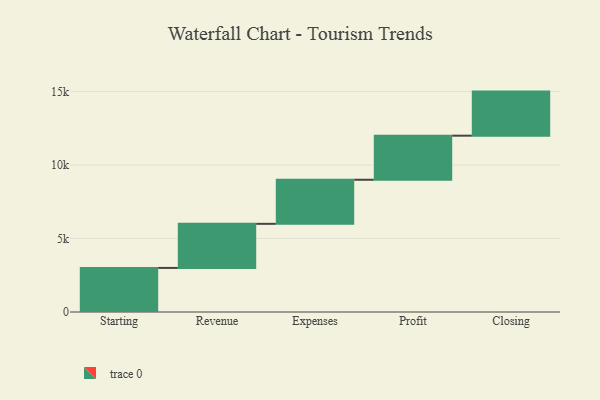
{"axis": {"x": "Step", "y": "Value"}, "legend": [""], "data": [{"x": "Starting", "y": 3000, "type": ""}, {"x": "Revenue", "y": 3000, "type": ""}, {"x": "Expenses", "y": 3000, "type": ""}, {"x": "Profit", "y": 3000, "type": ""}, {"x": "Closing", "y": 3000, "type": ""}]}